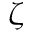
\zeta